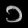
Digit: ၁